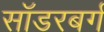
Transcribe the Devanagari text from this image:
सॉडरबर्ग